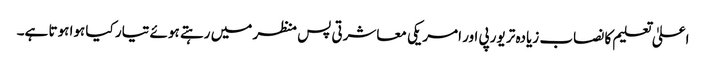
اعلیٰ تعلیم کا نصاب زیادہ تر یورپی اور امریکی معاشرتی پس منظر میں رہتے ہوئے تیار کیا ہوا ہوتا ہے۔